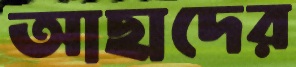
আছাদের